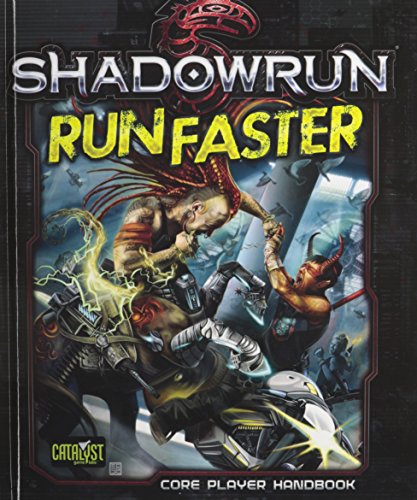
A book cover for Shadowrun Run Faster; Science Fiction & Fantasy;